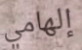
إلهامي